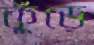
কুঁড়ে